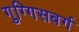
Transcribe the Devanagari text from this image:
गुग्गिसबर्ग